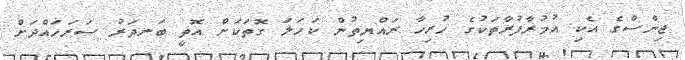
ޖިންސްގެ އެކި އުމުރާފުރާތަކުގެ ހުރިހާ ރައްޔިތުން ކަހަލަ ގޮތަކަށް އޮތީ ބަނދަރު ސަރަހައްދަށް